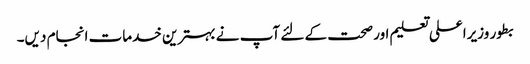
بطور وزیراعلی تعلیم اور صحت کے لئے آپ نے بہترین خدمات انجام دیں۔